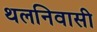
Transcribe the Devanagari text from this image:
थलनिवासी